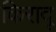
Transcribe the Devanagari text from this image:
किरादू